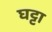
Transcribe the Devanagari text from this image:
घट्टा